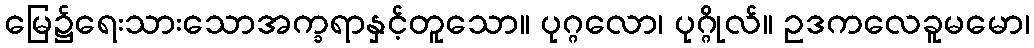
မြေ၌ရေးသားသောအက္ခရာနှင့်တူသော။ ပုဂ္ဂလော၊ ပုဂ္ဂိုလ်။ ဥဒကလေခူမမော၊